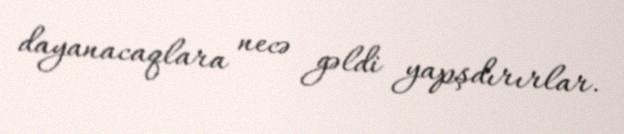
dayanacaqlara necə gəldi yapşdırırlar.